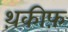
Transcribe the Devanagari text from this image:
थ़कीफ़